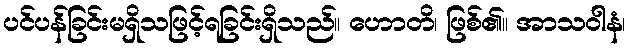
ပင်ပန်ခြင်းမရှိသဖြင့်ရခြင်းရှိသည်။ ဟောတိ၊ ဖြစ်၏။ အာသဝါနံ၊